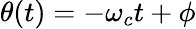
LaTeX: \theta(t)=-\omega_{c}t+\phi